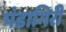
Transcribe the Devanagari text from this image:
पंडागिरी